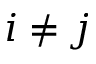
i \ne j